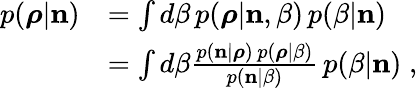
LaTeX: \begin{array}{rl}{p(\boldsymbol{\rho}|{\mathbf n})}&{=\int d\beta\, p(\boldsymbol{\rho}|{\mathbf n},\beta)\, p(\beta|{\mathbf n})}\\ &{=\int d\beta\frac{p({\mathbf n}|\boldsymbol{\rho})\, {p}(\boldsymbol{\rho}|\beta)}{p({\mathbf n}|\beta)}\, p(\beta|{\mathbf n})\; ,}\end{array}